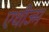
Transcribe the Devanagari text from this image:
एथीज्म